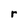
Character: r